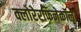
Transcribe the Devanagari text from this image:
क्लोरेरफिनेकॉल